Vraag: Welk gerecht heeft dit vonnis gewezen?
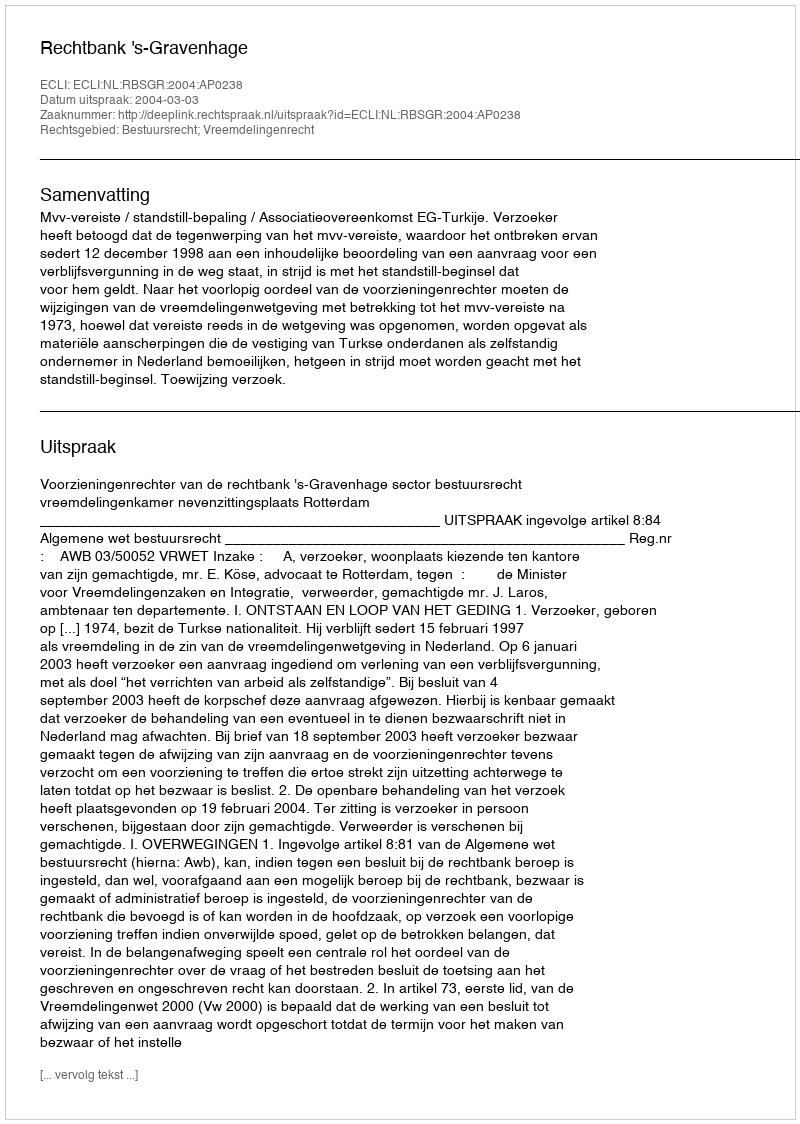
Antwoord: Rechtbank 's-Gravenhage